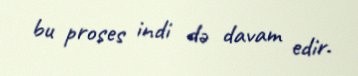
bu proses indi də davam edir.